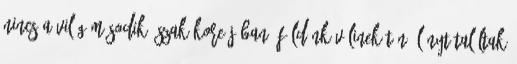
nincs a világ második Észak-Koreájában 3Földönkívülinek tűnő lényt találtak